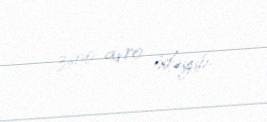
3600 avro ödəyib.